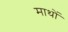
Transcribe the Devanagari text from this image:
माथों